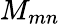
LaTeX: M_{mn}